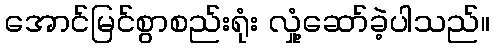
အောင်မြင်စွာစည်းရုံး လှုံ့ဆော်ခဲ့ပါသည်။